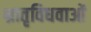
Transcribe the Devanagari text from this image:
भ्रातृविधवाओं